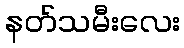
နတ်သမီးလေး